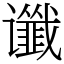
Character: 谶